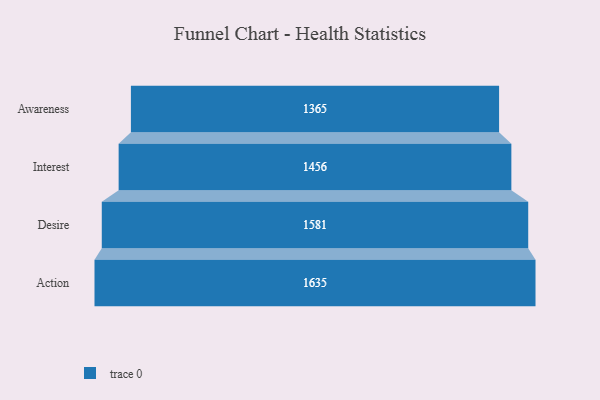
{"axis": {"x": "Stage", "y": "Value"}, "legend": [""], "data": [{"x": "Awareness", "y": 1365.0, "type": ""}, {"x": "Interest", "y": 1456.0, "type": ""}, {"x": "Desire", "y": 1581.0, "type": ""}, {"x": "Action", "y": 1635.0, "type": ""}]}